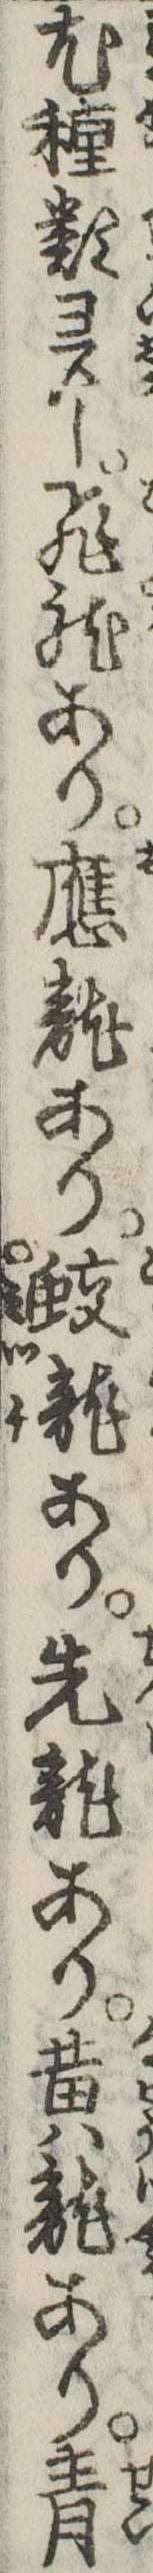
尤種類多し飛竜あり応竜あり蛟竜あり先竜あり黄竜あり青